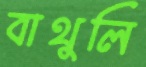
বাথুলি